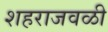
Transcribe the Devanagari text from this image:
शहराजवळी